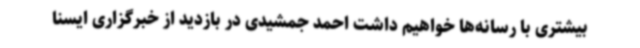
بیشتری با رسانه‌ها خواهیم داشت احمد جمشیدی در بازدید از خبرگزاری ایسنا